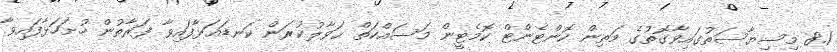
8.1 މިސިޔާސަތުގައިވާގޮތުގެ މަތިން ކޮންޓެންޓް ކޮމެޓީން މަސައްކަތް ޙަވާލުކުރަން ކަނޑައަޅާފައިވާ ފަރާތުން ހުށަހަޅާފައިވާ